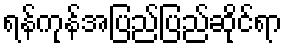
ရန်ကုန်အပြည်ပြည်ဆိုင်ရာ